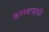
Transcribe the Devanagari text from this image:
कानबायांची